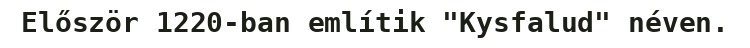
Először 1220-ban említik "Kysfalud" néven.